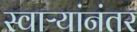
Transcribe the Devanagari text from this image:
स्वाऱ्यांनंतर